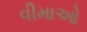
વીમાઓ